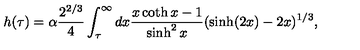
h ( \tau ) = \alpha \frac { 2 ^ { 2 / 3 } } { 4 } \int _ { \tau } ^ { \infty } d x \frac { x \coth x - 1 } { \sinh ^ { 2 } x } ( \sinh ( 2 x ) - 2 x ) ^ { 1 / 3 } ,